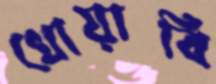
খোয়াবি